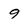
Character: 9